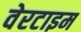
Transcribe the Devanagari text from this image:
वेरटाइम